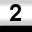
Digit: 2